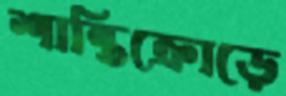
শান্তিক্রোড়ে